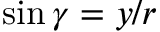
\sin { \gamma } = { y } / { r }